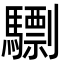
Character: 𩦠